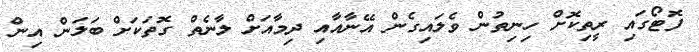
ފޮޓޯގައި ރީތިކޮށް ހިނިތުން ވެލައިގެން އޭނާއާއި ދިމާއަށް ލާނެތް ގޮތަކަށް ބަލަން އިން